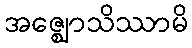
အဇ္ဈောသိဿာမိ